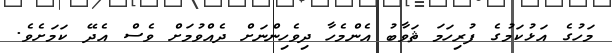
މަހުގެ އަޅުކަމުގެ ފުރިހަމަ ޘަވާބު އެންމެހާ ދިވެހިންނަށް ދެއްވުމަށް ވެސް އެދޭ ކަމަށެވެ.